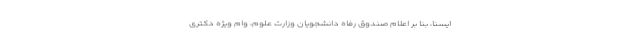
ایسنا، بنا بر اعلام صندوق رفاه دانشجویان وزارت علوم، وام ویژه دکتری